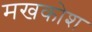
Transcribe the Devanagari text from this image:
मखकोश